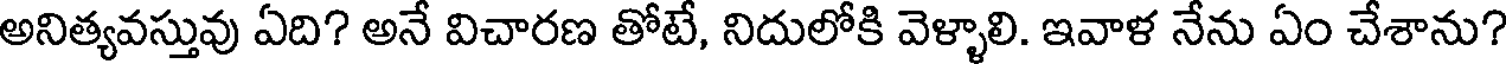
అనిత్యవస్తువు ఏది? అనే విచారణ తోటే, నిదులోకి వెళ్ళాలి. ఇవాళ నేను ఏం చేశాను?